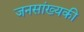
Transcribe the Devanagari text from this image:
जनसांख्यकी